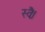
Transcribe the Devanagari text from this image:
स्वैः।